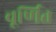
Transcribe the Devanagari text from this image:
चूर्णित्त